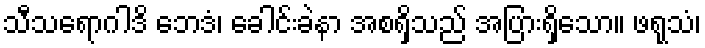
သီသရောဂါဒိ ဘေဒံ၊ ခေါင်းခဲနာ အစရှိသည် အပြားရှိသော။ ဖရုသံ၊